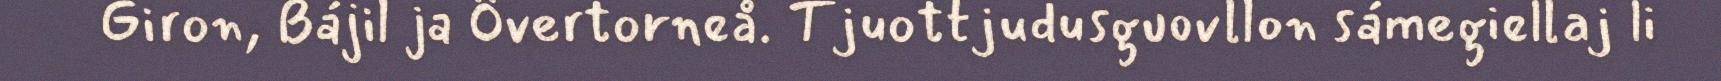
Giron, Bájil ja Övertorneå. Tjuottjudusguovllon sámegiellaj li